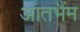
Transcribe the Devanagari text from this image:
आंतभैंम